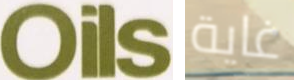
Oils غاية